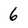
Character: 6